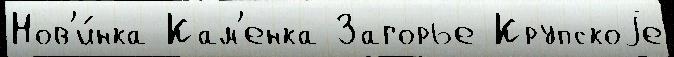
Нов'и́нка Кам'енка Загорье Крупскоjе